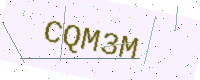
Text: CQM3M